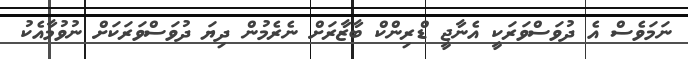
ނަމަވެސް އެ ދުވަސްވަރަކީ އެނާޖީ ޑްރިންކް ބާޒާރަށް ނެރެމުން ދިޔަ ދުވަސްވަރަކަށް ނުވުމާއެކު